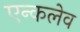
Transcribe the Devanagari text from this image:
एन्कलेव